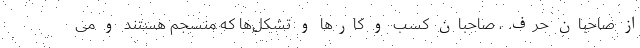
از صاحبان حرف ، صاحبان کسب و کارها و تشکل‌ها که منسجم هستند و می‌